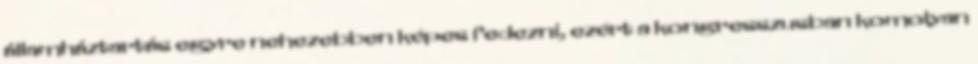
államháztartás egyre nehezebben képes fedezni, ezért a kongresszusban komolyan